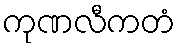
ကုဏလီကတံ